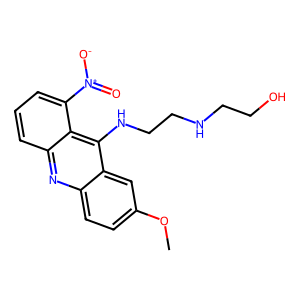
SMILES: COc1ccc2nc3cccc([N+](=O)[O-])c3c(NCCNCCO)c2c1
Inhibits HIV replication: No